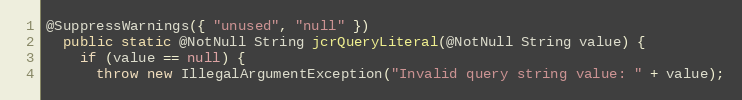
Language: Java
@SuppressWarnings({ "unused", "null" })
  public static @NotNull String jcrQueryLiteral(@NotNull String value) {
    if (value == null) {
      throw new IllegalArgumentException("Invalid query string value: " + value);